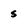
Character: s